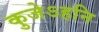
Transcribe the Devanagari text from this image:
कुजेऽहनि